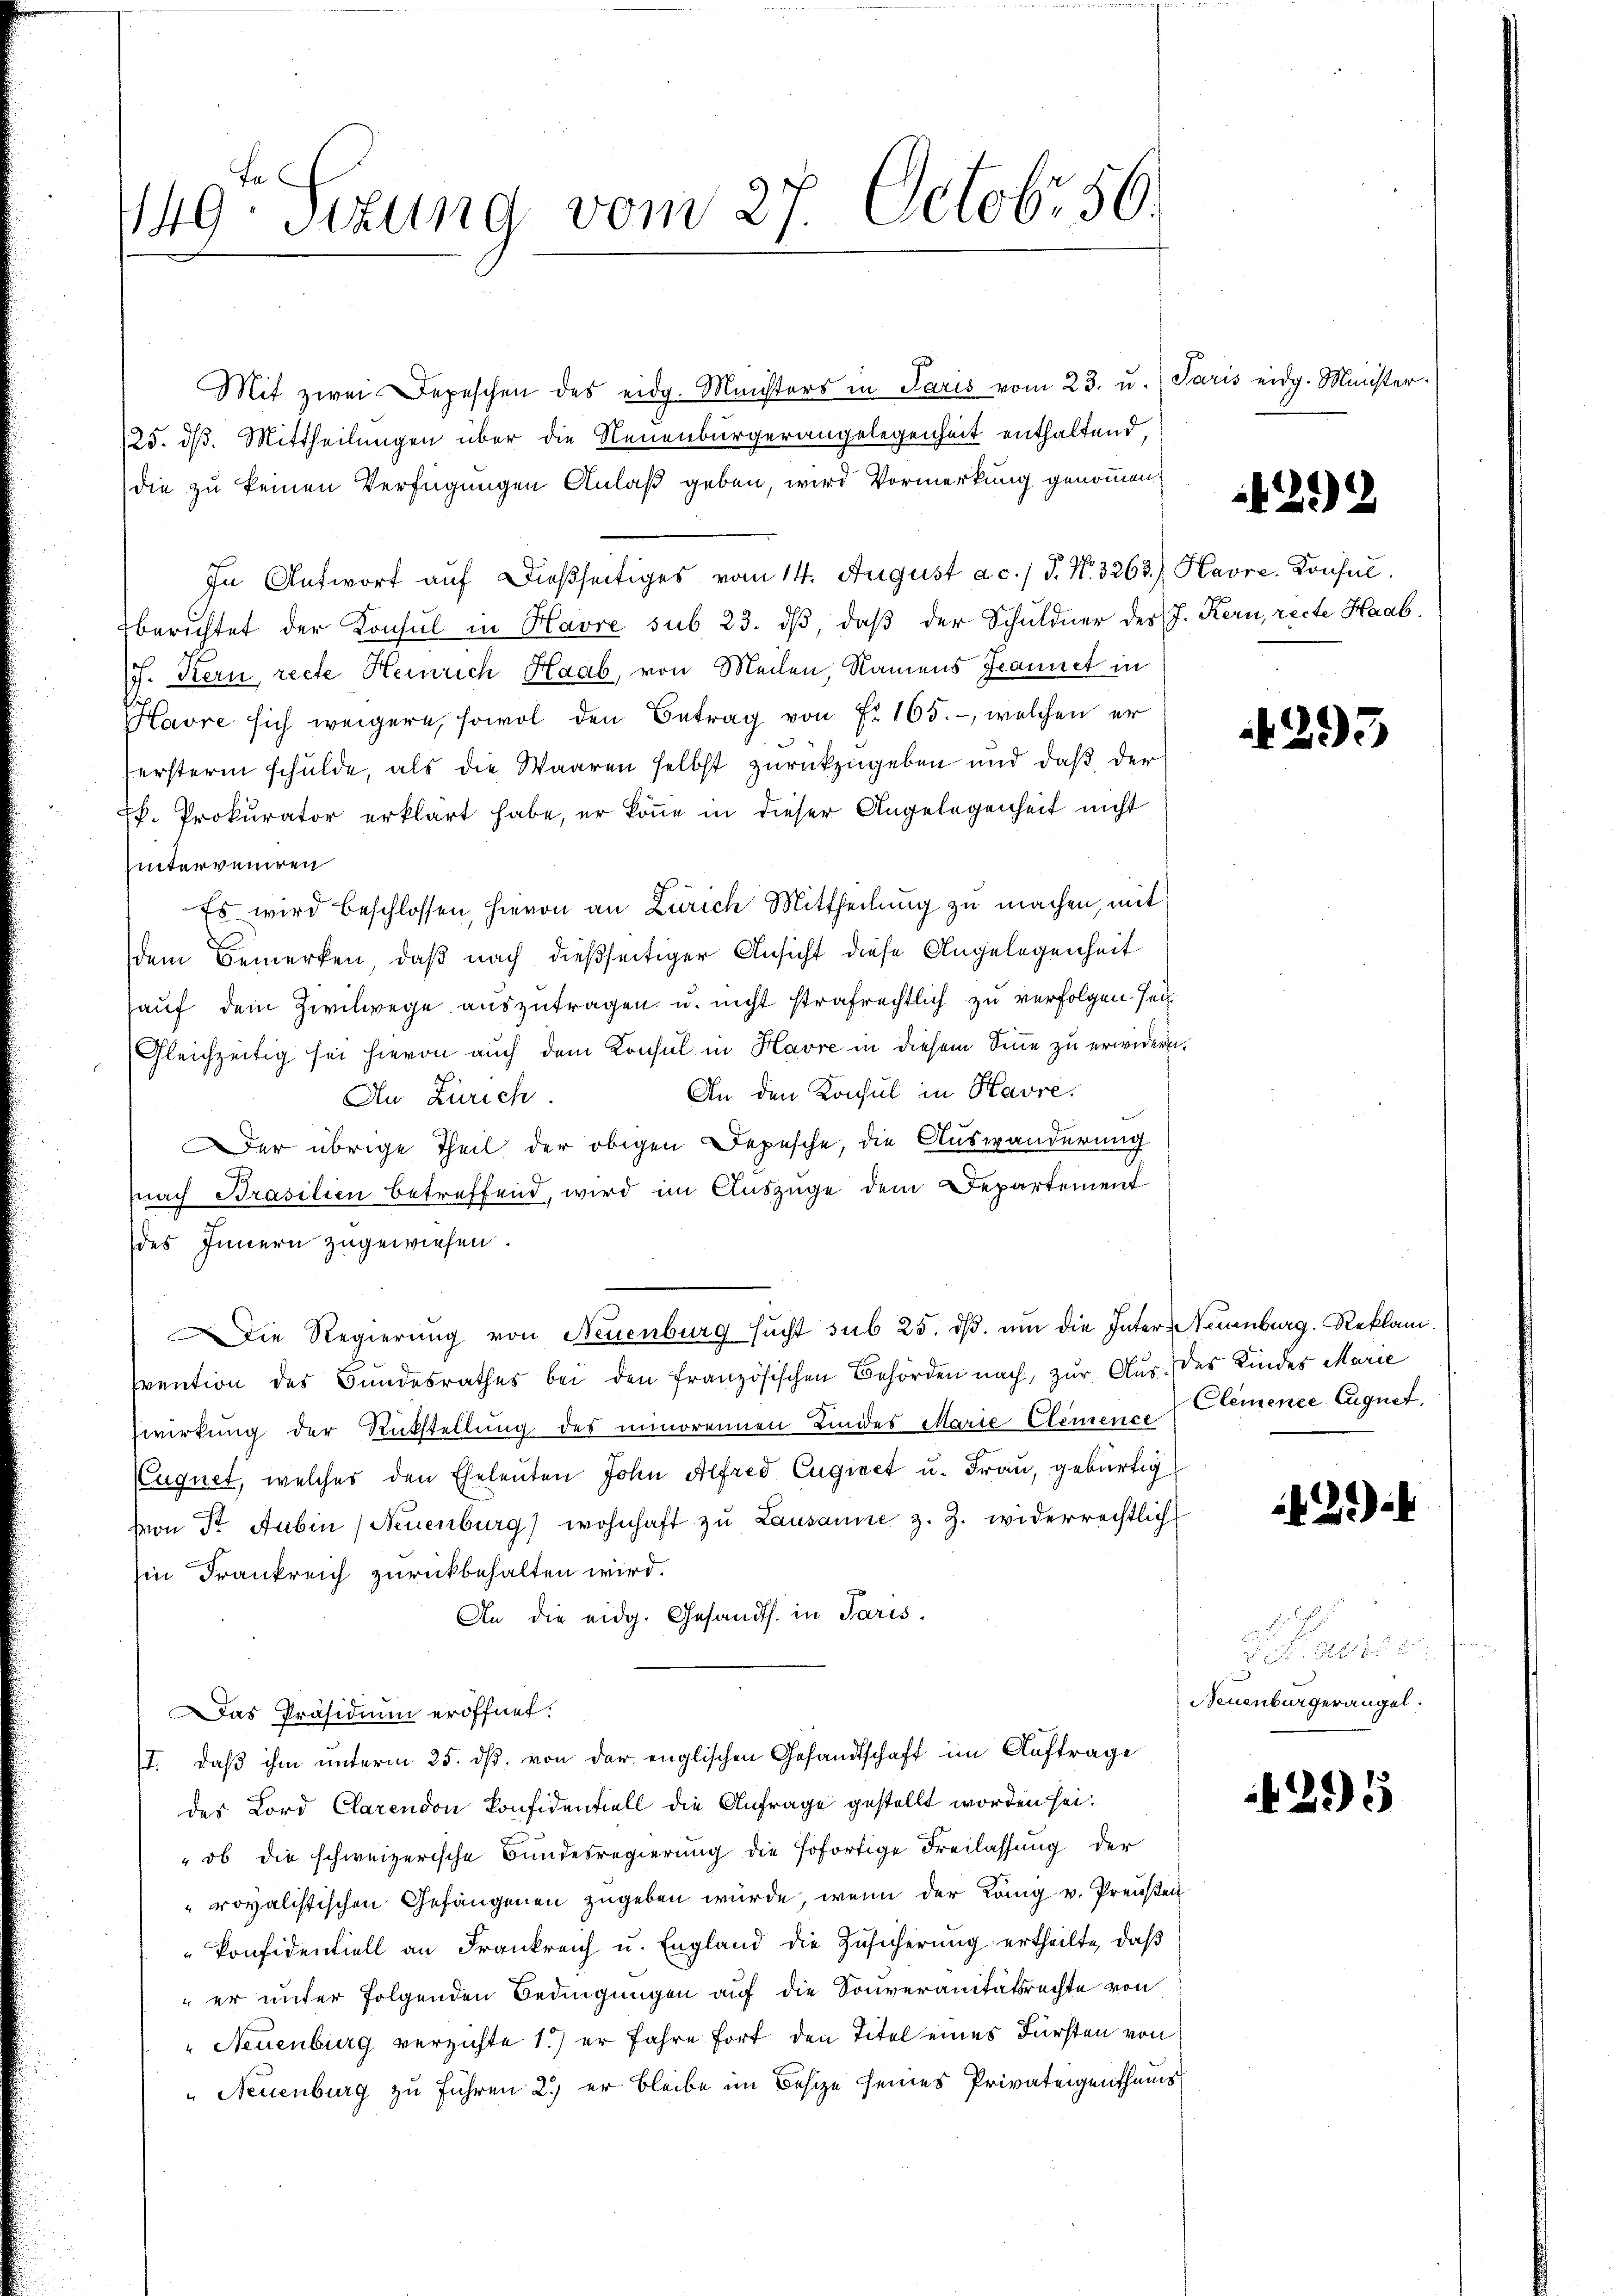
x
Mit zwei Depeschen des eidg. Ministers in Paris vom 23. u. Paris eidg. Minister.
125. d. Mittheilungen über die Neuenburgerangelegenheit enthaltend,
die zu keinen Verfügungen Anlaß geben, wird Vormerkung genommen.
In Antwort auf dießseitiges vom 14. August ac. / P. Nr. 3263.) Havre. Konsulberichtet der Konsul in Havre sub. 23. dβ, daβ der Schuldner des J. Kern, recte Haab
J. Kern recte Heinrich Haab, von Meilen, Namens Jeannet in
Havre sich weigere, sowol den Betrag von Fr. 165. - welchen er
ferstern schulde, als die Waaren selbst zurückzugeben und daß der
Pf. Prokurator erklärt habe, er könne in dieser Angelegenheit nicht
hinterveniren
Es wird beschlossen, hievon an Zürich Mittheilung zu machen, mit
dem Bemerken, daß nach dießseitiger Ansicht diese Angelegenheit
auf dem Zivilwege auszutragen, u. nicht strafrechtlich zu verfolgen sei.
Gleichzeitig sei hievon auch dem Konsul in Havre in diesem Sinne zu erwidern.
An den Konsul in Havre.
An Zürich
Der übrige Theil der obigen Depesche, die Auswanderung
nach Brasilien betreffend, wird im Auszüge dem Departement
des Innern zugewiesen.
Die Regierung von Neuenburg sucht sub 25. dβ. um die Inter Neuenburg. Reklamisvention des Bundesrathes bei den französischen Behörden nach, zur Aus des Kindes Marie
wirkung der Rückstellung des minorennen Lindes Marie Clemence Clemence Eugnet,
Euquet, welcher den Eheleuten John Alfred Euginet u. Frau, gebürtig
von Dr Subin (Neuenburg) wohnhaft zŭ Lausanne z. Z. widerrechtlich
in Frankreich zurückbehalten wird.
An die eidg. Gesandts. in Paris.
as Präsidium eröffnet.
I. daß ihm unterm 25. ds. von der englischen Gesandtschaft im Auftrage
des Lord Clarendon Confidentiell die Anfrage gestellt worden sei.
" ob die schweizerische Bundesregierung die sofortige Freilassung der
rovalistischen Gefängenen zugeben würde, wenn der Köng v. Preußen
konfidentiell an Frankreich u. England die Zusicherung ertheilte, daβ
" er unter folgenden Bedingungen auf die Souveranitätsrechte von
" Neuenburg verzichte 1.) er Jahre fort den Titel eines Fürsten von
" Neuenburg zu Führen 2.) er bleibe im Besize seines Privateigenthums

149 Sizung vom 27. Octobr 56.

292

293

.22)

2

Neuenburgerangel.

295